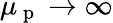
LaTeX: \mu_{\mathrm{~p~}}\to\infty